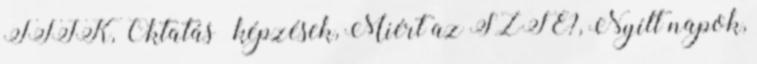
TTIK, Oktatás képzések, Miért az SZTE?, Nyílt napok,